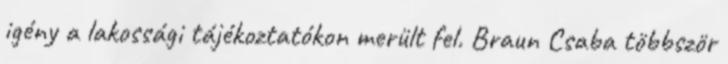
igény a lakossági tájékoztatókon merült fel. Braun Csaba többször